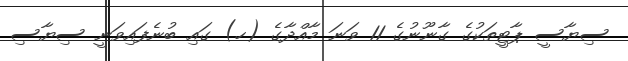
ސިޔާސީ ޕާޓީތަކުގެ ގާނޫނުގެ 11 ވަނަ މާއްދާގެ (ހ) ގައި ބުނެފައިވަނީ ސިޔާސި